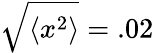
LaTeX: \sqrt{\langle x^{2}\rangle}=.02